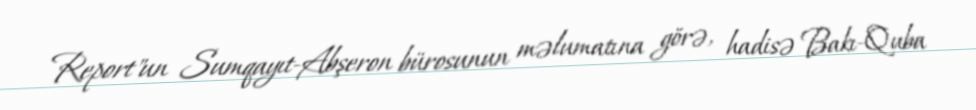
Report"un Sumqayıt-Abşeron bürosunun məlumatına görə, hadisə Bakı-Quba